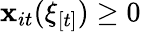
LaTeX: \mathbf{x}_{it}(\xi_{[t]})\geq0